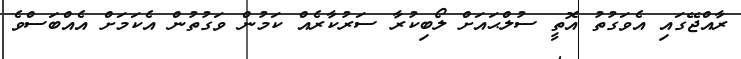
ރާއްޖޭގައި އެވަގުތު އޮތީ ސުލްޙައަށް ލޯބިކުރާ ސަރުކާރެއް ކަމުން ވަގުތުން އެކަމަށް އެއްބަސްވެ